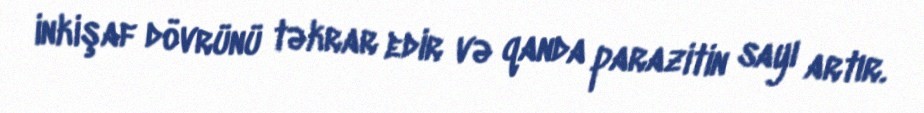
inkişaf dövrünü təkrar edir və qanda parazitin sayı artır.